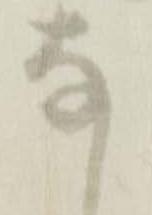
な